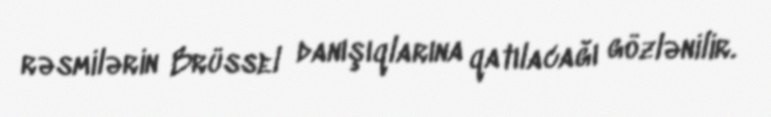
rəsmilərin Brüssel danışıqlarına qatılacağı gözlənilir.